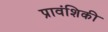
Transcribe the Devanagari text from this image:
प्रावंशिकी